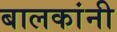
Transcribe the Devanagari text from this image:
बालकांनी